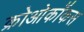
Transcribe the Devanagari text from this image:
क्रोओकॉकस